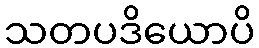
သတပဒိယောပိ